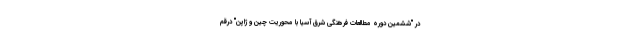
در "ششمین دوره مطالعات فرهنگی شرق آسیا با محوریت چین و ژاپن" درقم